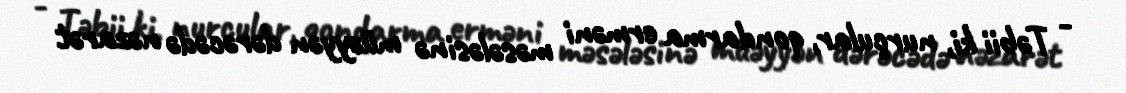
- Təbii ki, nurçular, qondarma erməni məsələsinə müəyyən dərəcədə nəzarət